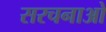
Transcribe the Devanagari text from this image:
सरचनाओ